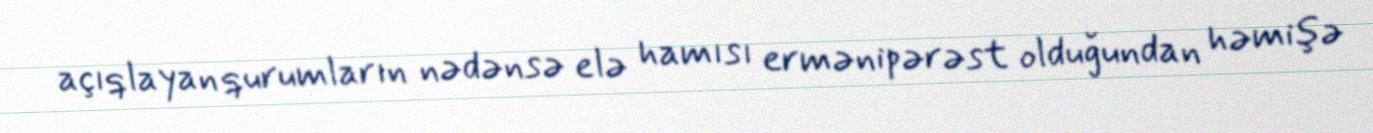
açıqlayan qurumların nədənsə elə hamısı ermənipərəst olduğundan həmişə